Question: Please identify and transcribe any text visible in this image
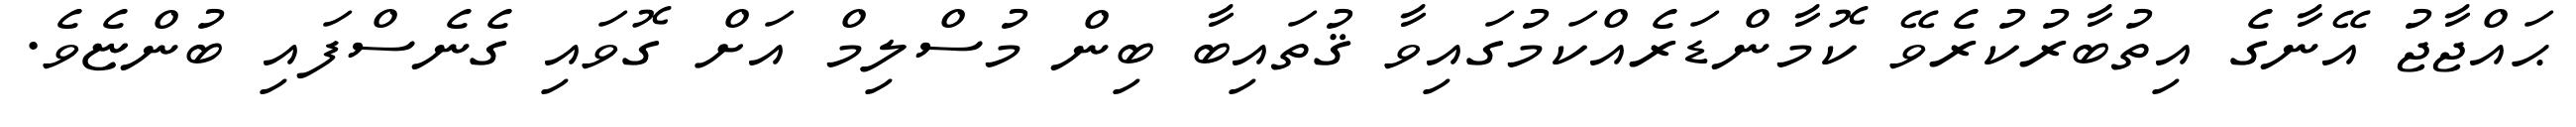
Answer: ޙައްޖާޖު އޭނާގެ އިތުބާރުކުރެވޭ ކޮމާންޑަރެއްކަމުގައިވާ ޤުތައިބާ ބިން މުސްލިމް އަށް ގޮވައި ގެނެސްފައި ބުންޏެވެ.